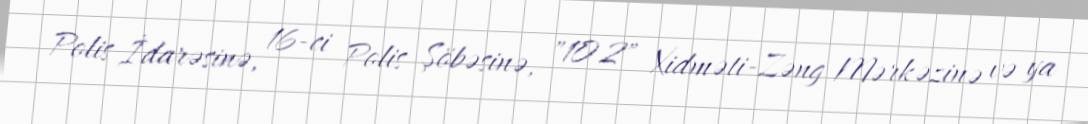
Polis İdarəsinə, 16-ci Polis Şöbəsinə, "102" Xidməti-Zəng Mərkəzinə və ya